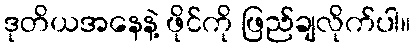
ဒုတိယအနေနဲ့ ဖိုင်ကို ဖြည်ချလိုက်ပါ။